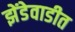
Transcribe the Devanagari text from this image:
झेंडेवाडीत